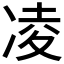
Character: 凌